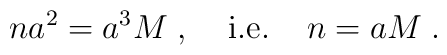
n a^2 = a^3 M \; , \; \; \; \; {\rm i.e.} \; \; \; \; n = a M \; .